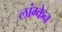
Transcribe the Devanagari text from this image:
लांग्केन